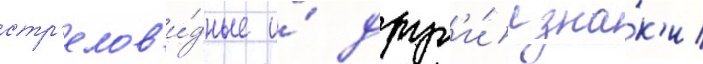
стр'елов'и́дные и́ друг'и́е зна́к'и